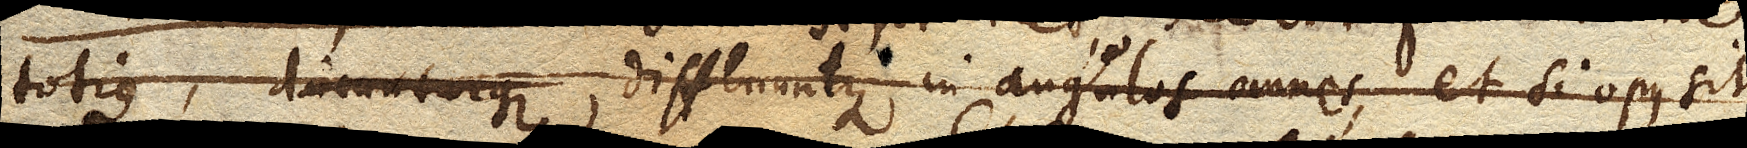
totius dicunturque diffluuntque in angulos omnes, et si opus sit